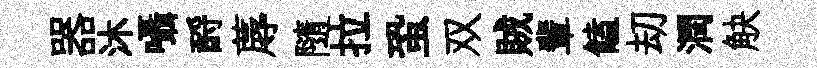
器沐囁酹蓐隨拉蛩双賊輩饁刧潤觖